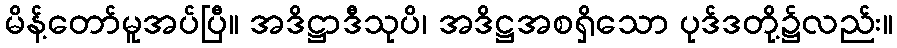
မိန့်တော်မူအပ်ပြီ။ အဒိဋ္ဌာဒီသုပိ၊ အဒိဋ္ဌအစရှိသော ပုဒ်ဒတို့၌လည်း။